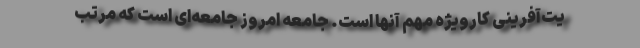
یت‌آفرینی کارویژه مهم آنها است. جامعه امروز جامعه‌ای است که مرتب